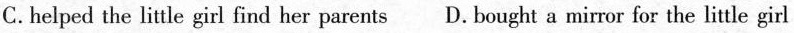
C.helped the little girl find her parents D. Bought a mirror for the little girl